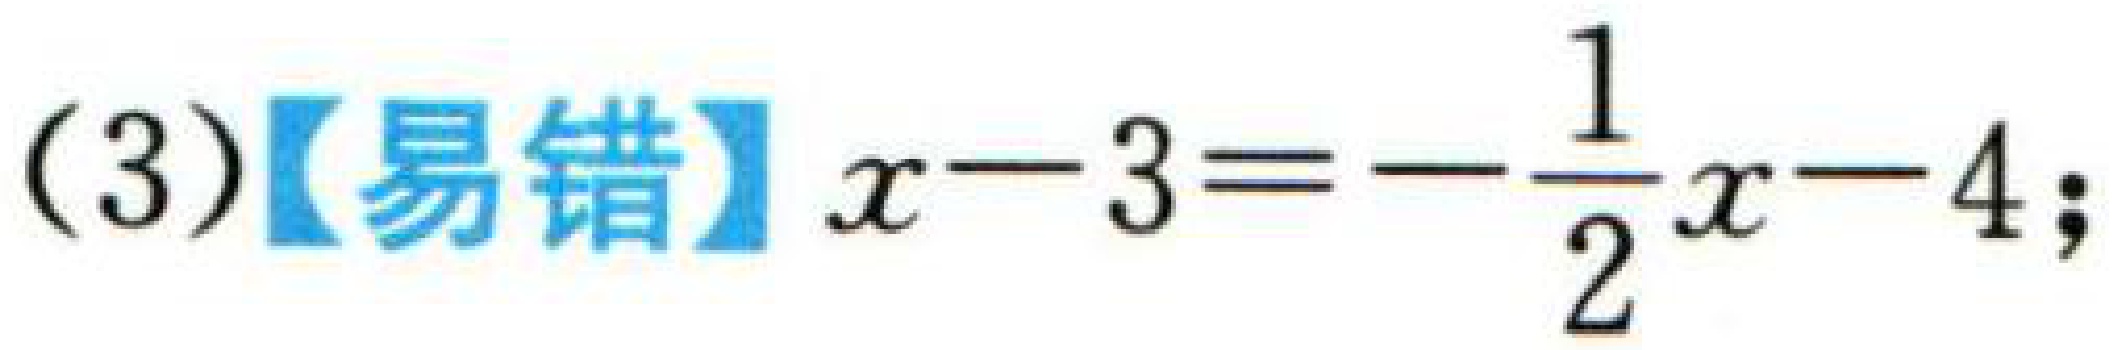
(3)【易错】$x - 3 = -\frac{1}{2}x - 4$;